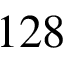
1 2 8